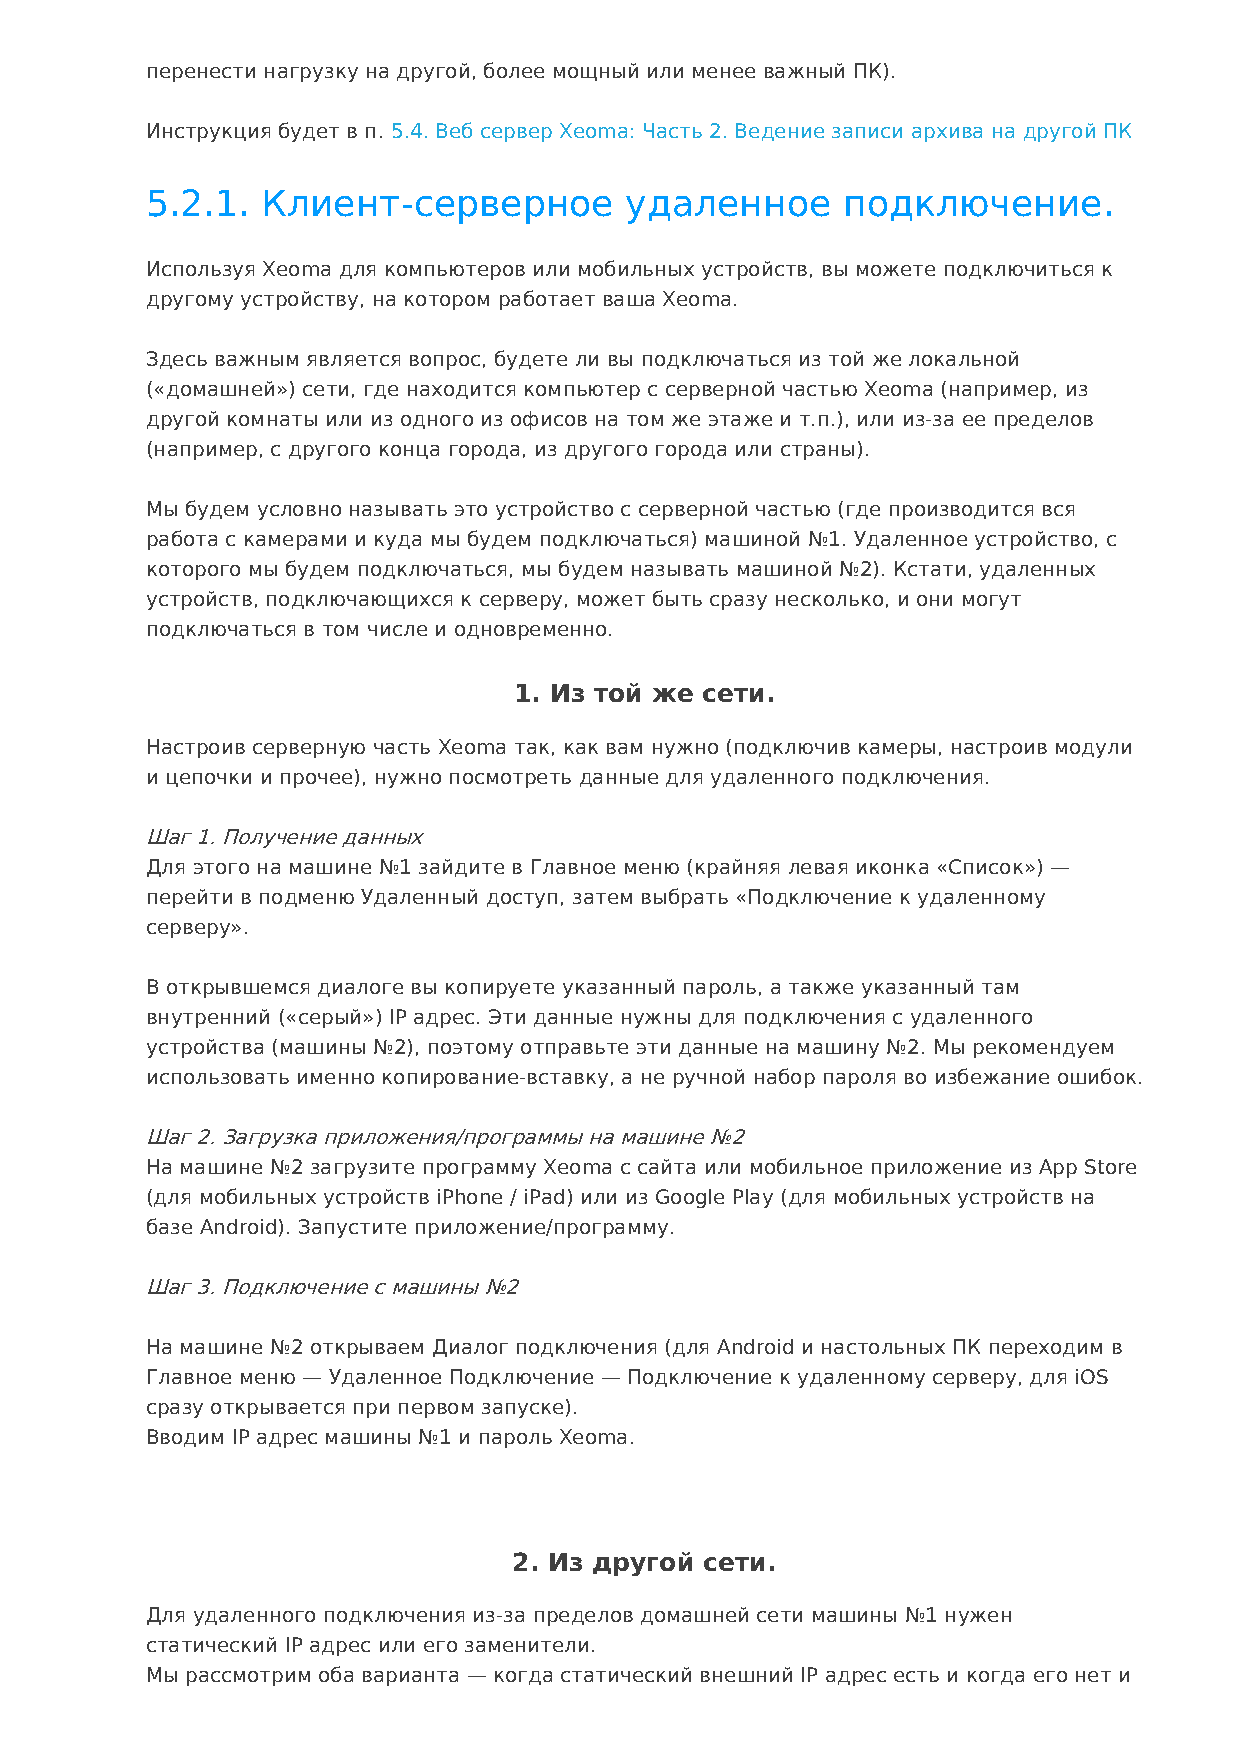
перенести нагрузку на другой, более мощный или менее важный ПК).
 Инструкция будет в п. 5.4. Веб сервер Xeoma: Часть 2. Ведение записи архива на другой ПК
 5.2.1. Клиент-серверное        удаленное      подключение.
 Используя Xeoma для компьютеров или мобильных устройств, вы можете подключиться к
 другому устройству, на котором работает ваша Xeoma.
 Здесь важным является вопрос, будете ли вы подключаться из той же локальной
 («домашней») сети, где находится компьютер с серверной частью Xeoma (например, из
 другой комнаты или из одного из офисов на том же этаже и т.п.), или из-за ее пределов
 (например, с другого конца города, из другого города или страны).
 Мы будем условно называть это устройство с серверной частью (где производится вся
 работа с камерами и куда мы будем подключаться) машиной №1. Удаленное устройство, с
 которого мы будем подключаться, мы будем называть машиной №2). Кстати, удаленных
 устройств, подключающихся к серверу, может быть сразу несколько, и они могут
 подключаться в том числе и одновременно.
 1. Из той же сети.
 Настроив серверную часть Xeoma так, как вам нужно (подключив камеры, настроив модули
 и цепочки и прочее), нужно посмотреть данные для удаленного подключения.
 Шаг 1. Получение данных
 Для этого на машине №1 зайдите в Главное меню (крайняя левая иконка «Список») —
 перейти в подменю Удаленный доступ, затем выбрать «Подключение к удаленному
 серверу».
 В открывшемся диалоге вы копируете указанный пароль, а также указанный там
 внутренний («серый») IP адрес. Эти данные нужны для подключения с удаленного
 устройства (машины №2), поэтому отправьте эти данные на машину №2. Мы рекомендуем
 использовать именно копирование-вставку, а не ручной набор пароля во избежание ошибок.
 Шаг 2. Загрузка приложения/программы на машине №2
 На машине №2 загрузите программу Xeoma с сайта или мобильное приложение из App Store
 (для мобильных устройств iPhone / iPad) или из Google Play (для мобильных устройств на
 базе Android). Запустите приложение/программу.
 Шаг 3. Подключение с машины №2
 На машине №2 открываем Диалог подключения (для Android и настольных ПК переходим в
 Главное меню — Удаленное Подключение — Подключение к удаленному серверу, для iOS
 сразу открывается при первом запуске).
 Вводим IP адрес машины №1 и пароль Xeoma.
 2. Из другой сети.
 Для удаленного подключения из-за пределов домашней сети машины №1 нужен
 статический IP адрес или его заменители.
 Мы рассмотрим оба варианта — когда статический внешний IP адрес есть и когда его нет и